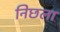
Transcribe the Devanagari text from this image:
निछला